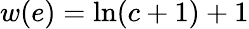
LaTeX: w(e)=\ln(c+1)+1